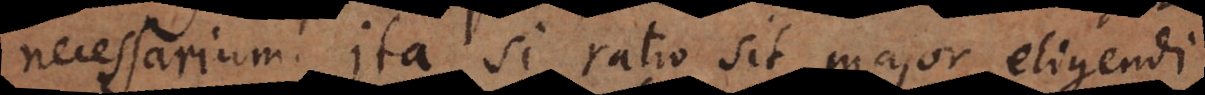
necessarium. Ita si ratio sit major eligendi